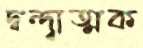
দ্বন্দ্বাত্মক